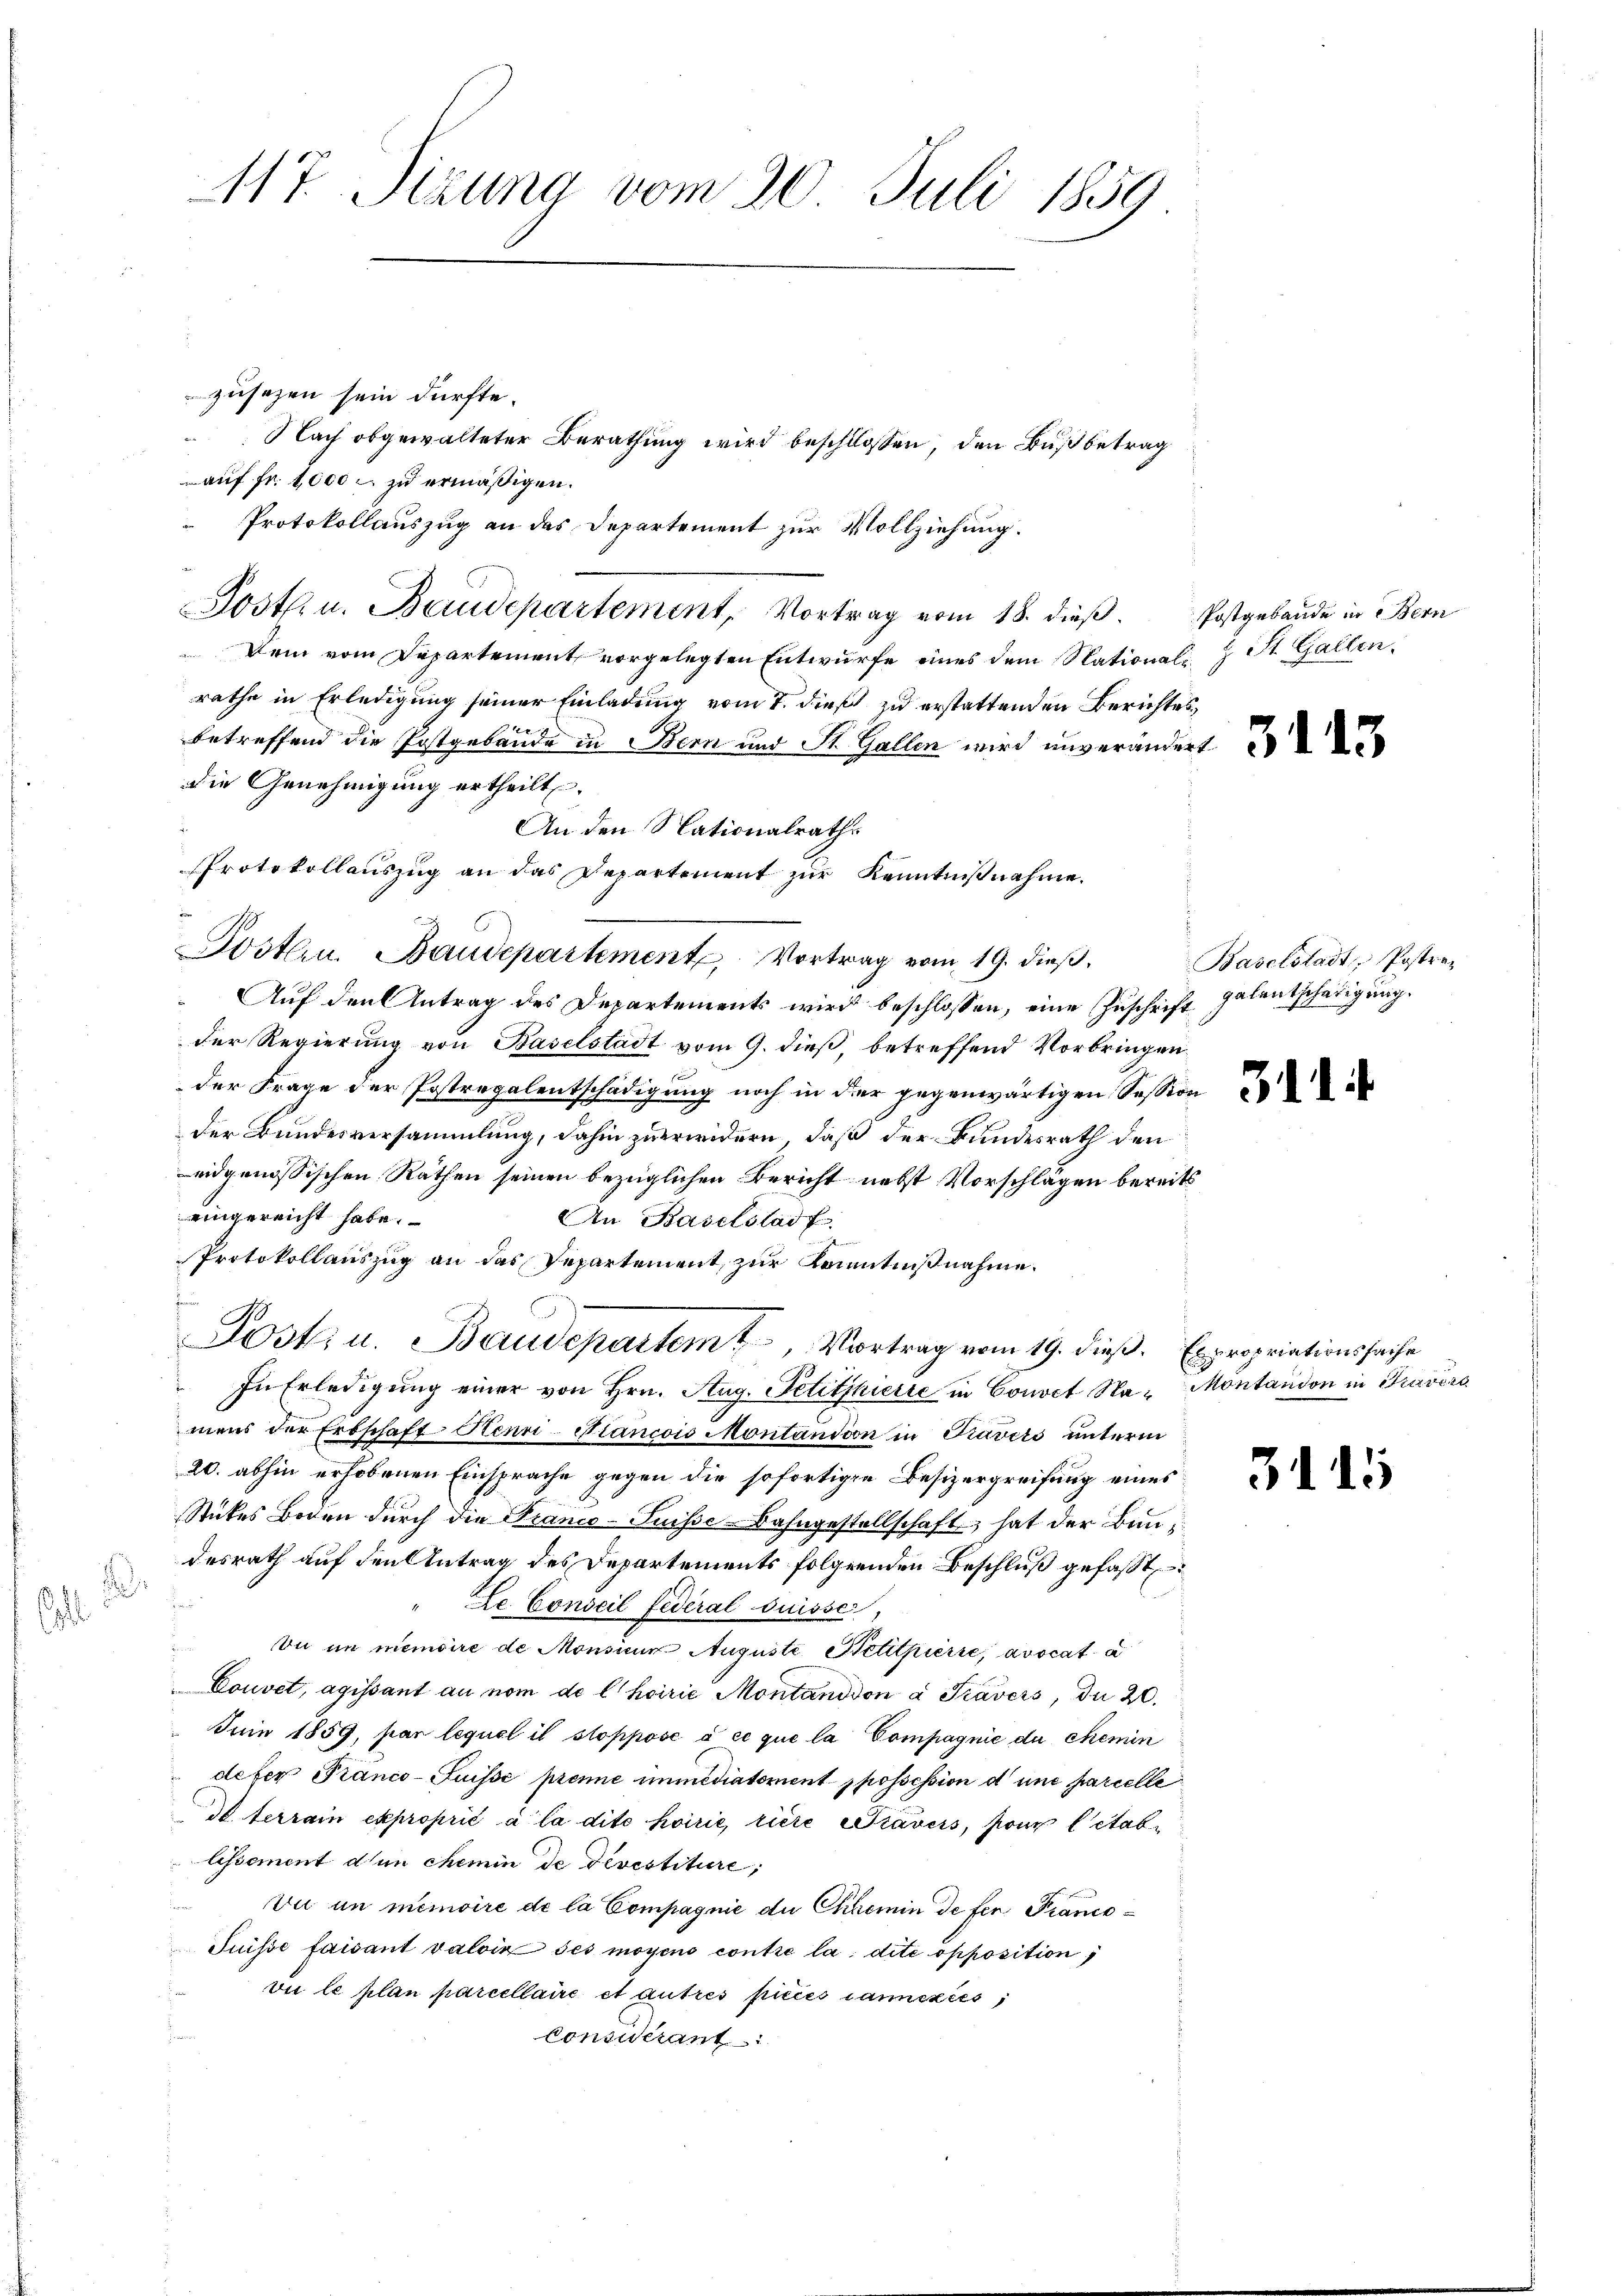
.

117. Sizung vom 20. Juli 1859

zusezen sein dürfte.
auf fr. 4,000 zu ermäßigen.
Protokollauszug an das Departement zur Vollziehung.
.
Post. u. Baudepartement, Vortrag vom 18. dieβ. Postgebäude in Bern
Dem vom Departement vorgelegten Entwurfe eines dem Nationali St. Gallen.
rathe in Erledigung seiner Einladung vom 7. dieß zu erstattenden Berichtes,
betreffend die Postgebäude in Bern und St. Gallen wird unverändert
die Genehmigung ertheilt.
An den Nationalraths
Protokollauszug an das Departement zur Kenntnißnahme.
Postern. Baudepartement, Vortrag vom 19. dieß,
Auf den Antrag des Departements wird beschlossen, eine Zuschrift galentschädigung.
Der Regierung von Baselstadt vom 9. dieß, betreffend Vorbringen
der Frage der Postregalentschädigung noch in der gegenwärtigen Session
der Bundesversammlung, dahin zuerwidern, daß der Bundesrath den
eidgenössischen Räthen seinen bezüglichen Bericht nebst Vorschlägen bereits
eingereicht habe.
An Baselstadt
Protokollauszug an das Repartement, zur Kenntnißnahme.
Posti u. Baudepartem Vortrag vom 19. dieß. Expropriationssache
In Erledigŭng einer von Hrn. Aug. Petitshierte in Convet Na- Montandon in Travers
mens der Erbschaft Henri-Fiancois Montandion in Prävets unterm
20. abhin erhobenen Einsprache gegen die sofortigen Besizergreifung eines
Stückes Boden durch die Kranco-Suisse Bahngestellschaft, hat der Bundesrath auf den Antrag des Departements folgenden Beschluß gefaßt
.
n
" Le Conseil Federal Suisse,
Du in memoire de Monsium Auguste Petitpierre, avocat d
Couvet, agissant an nom de l’hoirie Montandson à Prävers, du 20.
Juin 1859, par lequel il stoppose à ce que la Compagnie de chemin
defer Pranco- Puisse prenne immediatorient possession d’une parcelle
de terrain exproprié à la dite hoirie, riere Prävers, pour letablissement den chemin de Devestiture,
Du in memoire de la Compagnie die Chemin de ser Prance¬
Puisse faisant valoix des moyens contre la dite opposition
vie le plan parcellaire et autres pices canczies
Considérant

Nach obgewalteter Berathung wird beschlossen, den Fuß betrag

Baselstadt, Postraz

34

l